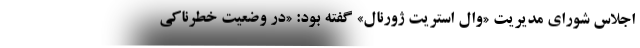
اجلاس شورای مدیریت «وال استریت ژورنال» گفته بود: «در وضعیت خطرناکی